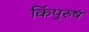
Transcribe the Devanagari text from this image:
किंपुरुषं